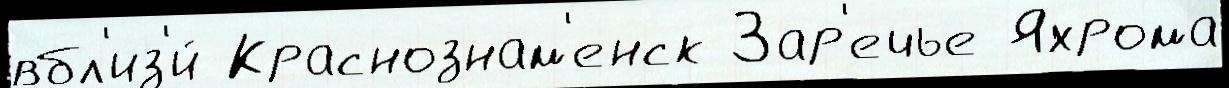
вбл'из'и́ Краснознам'енск Зар'ечье Яхрома